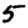
Digit: 5